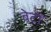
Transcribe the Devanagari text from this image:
बेटोँ